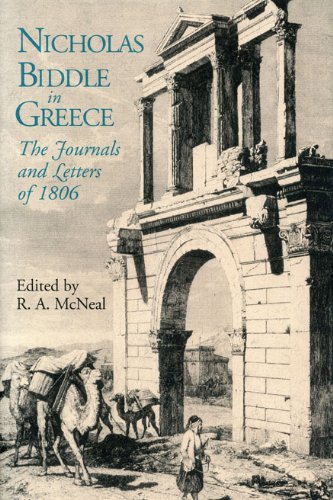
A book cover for Nicholas Biddle in Greece: The Journals and Letters of 1806; Travel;